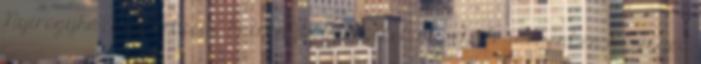
Nyíregyháza Spartacus hátrányból felállva győzte le idegenben a Szeged